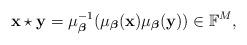
LaTeX: \begin{align*}\mathbf{x} \star \mathbf{y} = \mu_{\boldsymbol\beta}^{-1}(\mu_{\boldsymbol\beta}(\mathbf{x}) \mu_{\boldsymbol\beta}(\mathbf{y})) \in \mathbb{F}^M ,\end{align*}